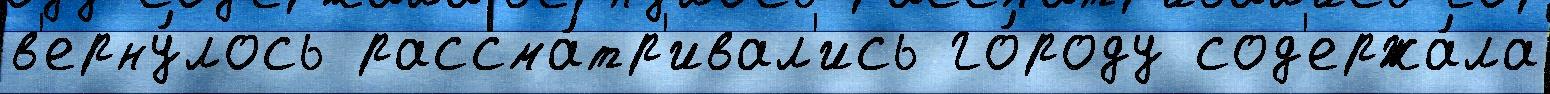
в'ерну́лось рассма́тр'ивал'ись го́роду сод'ержа́ла